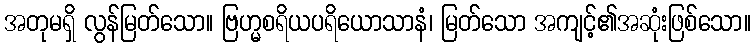
အတုမရှိ လွန်မြတ်သော။ ဗြဟ္မစရိယပရိယောသာနံ၊ မြတ်သော အကျင့်၏အဆုံးဖြစ်သော။